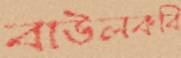
বাউলকবি